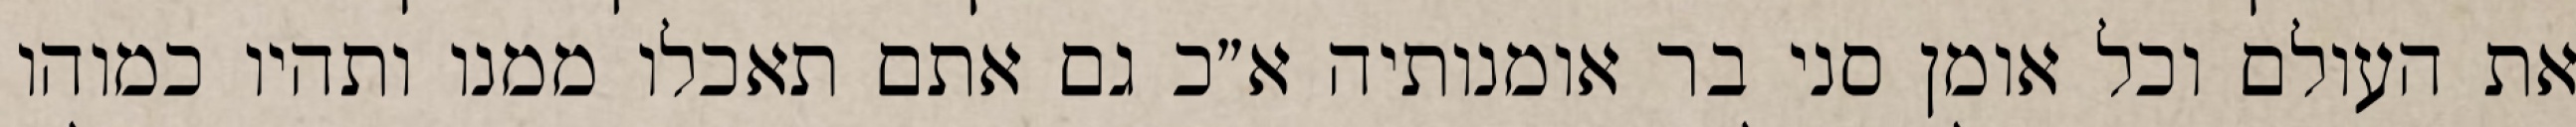
את העולם וכל אומן סני בר אומנותיה א״כ גם אתם תאכלו ממנו ותהיו כמוהו